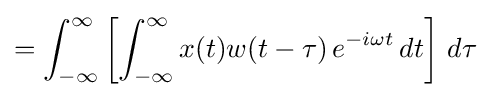
=\int _{-\infty }^{\infty }\left[\int _{-\infty }^{\infty }x(t)w(t-\tau )\,e^{-i\omega t}\,dt\right]\,d\tau